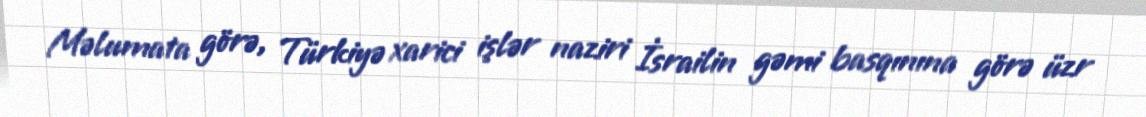
Məlumata görə, Türkiyə xarici işlər naziri İsrailin gəmi basqınına görə üzr